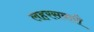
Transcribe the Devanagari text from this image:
लहरसवारी